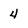
Character: 4